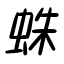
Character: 蛛